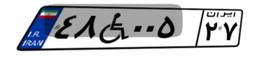
۱۵W۳۰۷۹۲